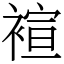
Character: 䙋